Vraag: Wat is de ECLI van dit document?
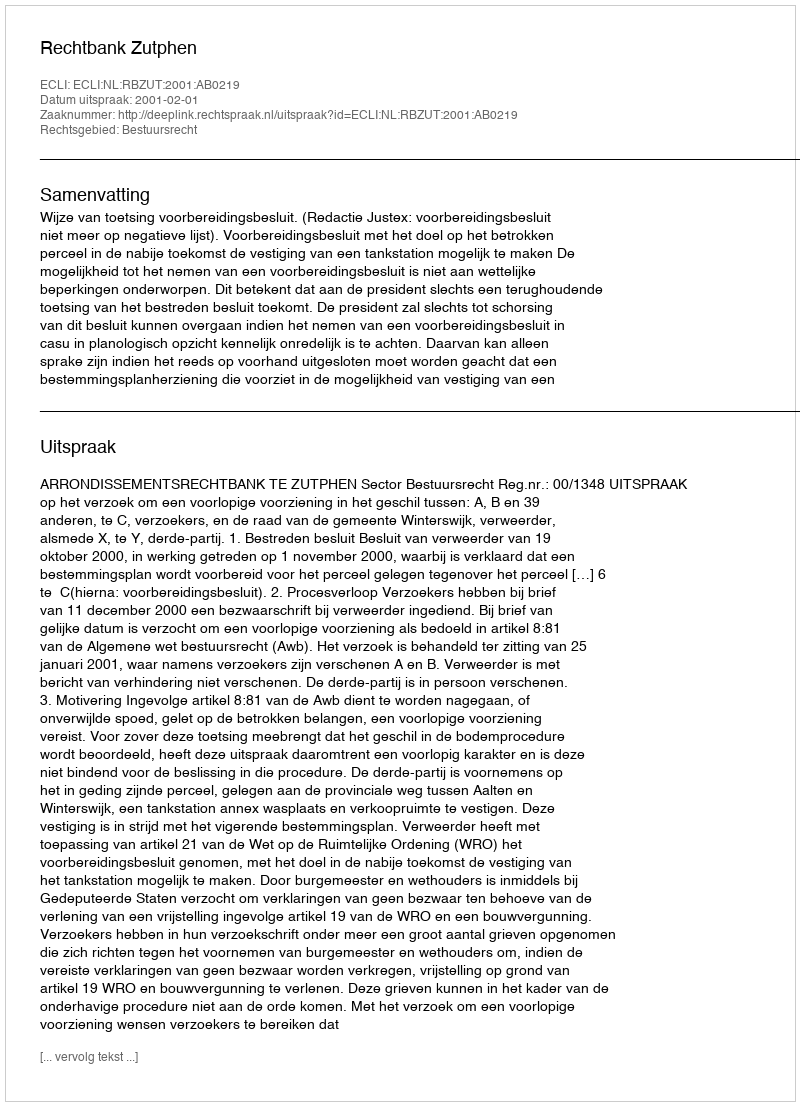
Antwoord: ECLI:NL:RBZUT:2001:AB0219